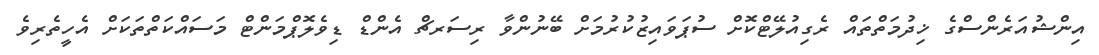
އިންޝުއަރެންސްގެ ޚިދުމަތްތައް ރެގިއުލޭޓްކޮށް ސުޕަވައިޒުކުރުމަށް ބޭނުންވާ ރިސަރޗް އެންޑް ޑިވެލޮޕްމަންޓް މަސައްކަތްތަކަށް އެހީތެރިވެ